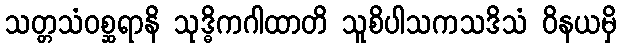
သတ္တသံဝစ္ဆရာနိ သုဒ္ဓိကဂါထာတိ သူစိပါသကသဒိသံ ဝိနယမှိ